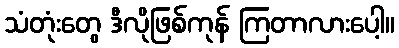
သံတုံးတွေ ဒီလိုဖြစ်ကုန် ကြတာလားပေါ့။